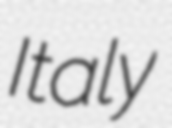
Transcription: Italy